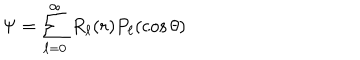
\Psi = \sum _ { \ell = 0 } ^ { \infty } R _ { \ell } ( r ) P _ { \ell } ( \cos \theta )